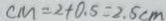
C M = 2 + 0 . 5 = 2 . 5 c m